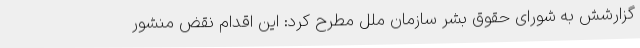
گزارشش به شورای حقوق بشر سازمان ملل مطرح کرد: این اقدام نقض منشور